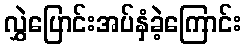
လွှဲပြောင်းအပ်နှံခဲ့ကြောင်း